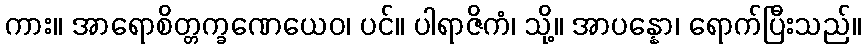
ကား။ အာရောစိတ္တက္ခဏေယေဝ၊ ပင်။ ပါရာဇိကံ၊ သို့။ အာပန္နော၊ ရောက်ပြီးသည်။